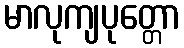
မာလုကျပုတ္တော